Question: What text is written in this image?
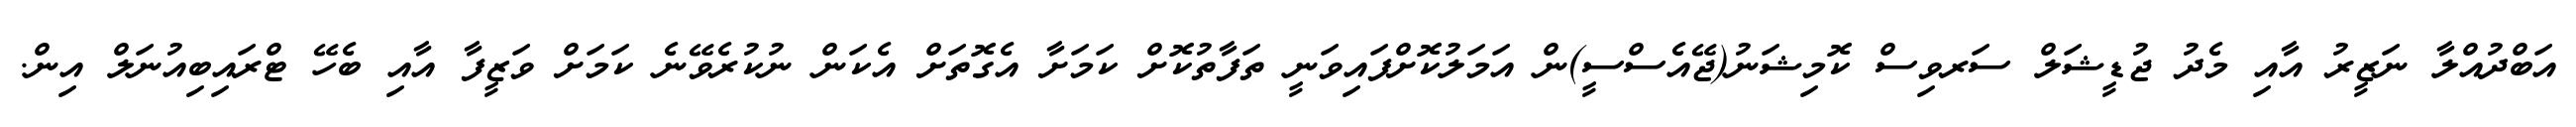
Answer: އަބްދުއްލާ ނަޒީރު އާއި މެދު ޖުޑީޝަލް ސަރވިސް ކޮމިޝަނު(ޖޭއެސްސީ)ން އަމަލުކޮށްފައިވަނީ ތަފާތުކޮށް ކަމަށާ އެގޮތަށް އެކަން ނުކުރެވޭނެ ކަމަށް ވަޒީފާ އާއި ބެހޭ ޓްރައިބިއުނަލް އިން.